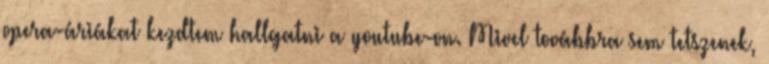
opera-áriákat kezdtem hallgatni a youtube-on. Mivel továbbra sem tetszenek,